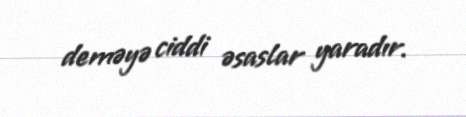
deməyə ciddi əsaslar yaradır.